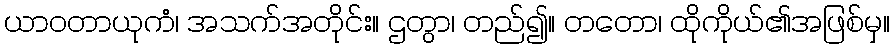
ယာဝတာယုကံ၊ အသက်အတိုင်း။ ဌတွာ၊ တည်၍။ တတော၊ ထိုကိုယ်၏အဖြစ်မှ။